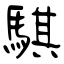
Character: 騏